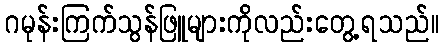
ဂမုန်းကြက်သွန်ဖြူများကိုလည်းတွေ့ရသည်။